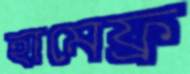
হামেফ্র